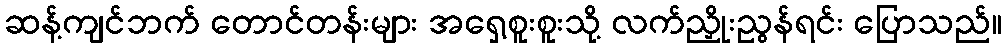
ဆန့်ကျင်ဘက် တောင်တန်းများ အရှေ့စူးစူးသို့ လက်ညှိုးညွန်ရင်း ပြောသည်။